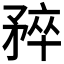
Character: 𬑮